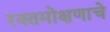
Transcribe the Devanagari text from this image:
रक्तमोक्षणाचे